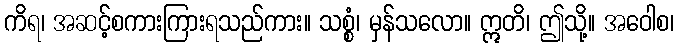
ကိရ၊ အဆင့်စကားကြားရသည်ကား။ သစ္စံ၊ မှန်သလော။ ဣတိ၊ ဤသို့။ အဝေါစ၊